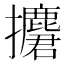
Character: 𢹲